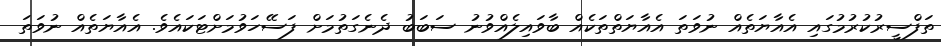
ތަފްސީރުކުރުމުގައި އެއާޔަތެއް ނުވަތަ އެއާޔަތްތަކެއް ބާވައިލެއްވުނު ސަބަބު ދެނެގަތުމަށް ފަސޭހަވުމަށްޓަކައެވެ. އެއާޔަތެއް ނުވަތަ